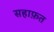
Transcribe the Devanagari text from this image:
सहाफ़त